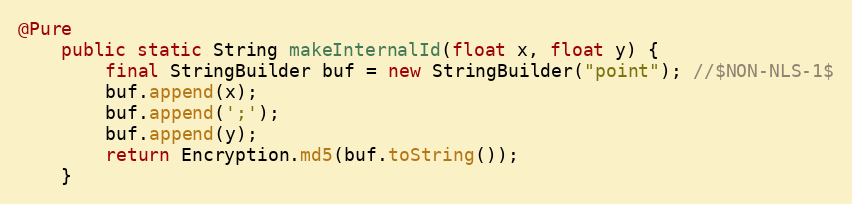
Language: Java
@Pure
	public static String makeInternalId(float x, float y) {
		final StringBuilder buf = new StringBuilder("point"); //$NON-NLS-1$
		buf.append(x);
		buf.append(';');
		buf.append(y);
		return Encryption.md5(buf.toString());
	}